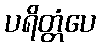
ပရိတ္တံပေ